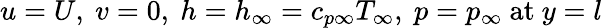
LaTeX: u=U,\ v=0,\ h=h_{\infty}=c_{p\infty}T_{\infty},\ p=p_{\infty}\ {\mathrm{at}}\ y=l